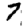
Digit: 7